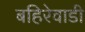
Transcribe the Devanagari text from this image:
बहिरेवाडी